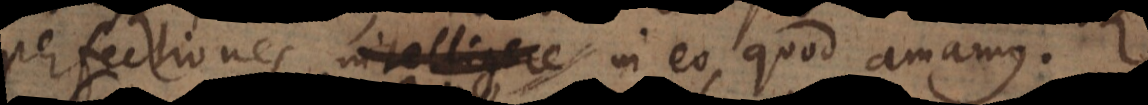
perfectiones invenire in eo, quod amamus.